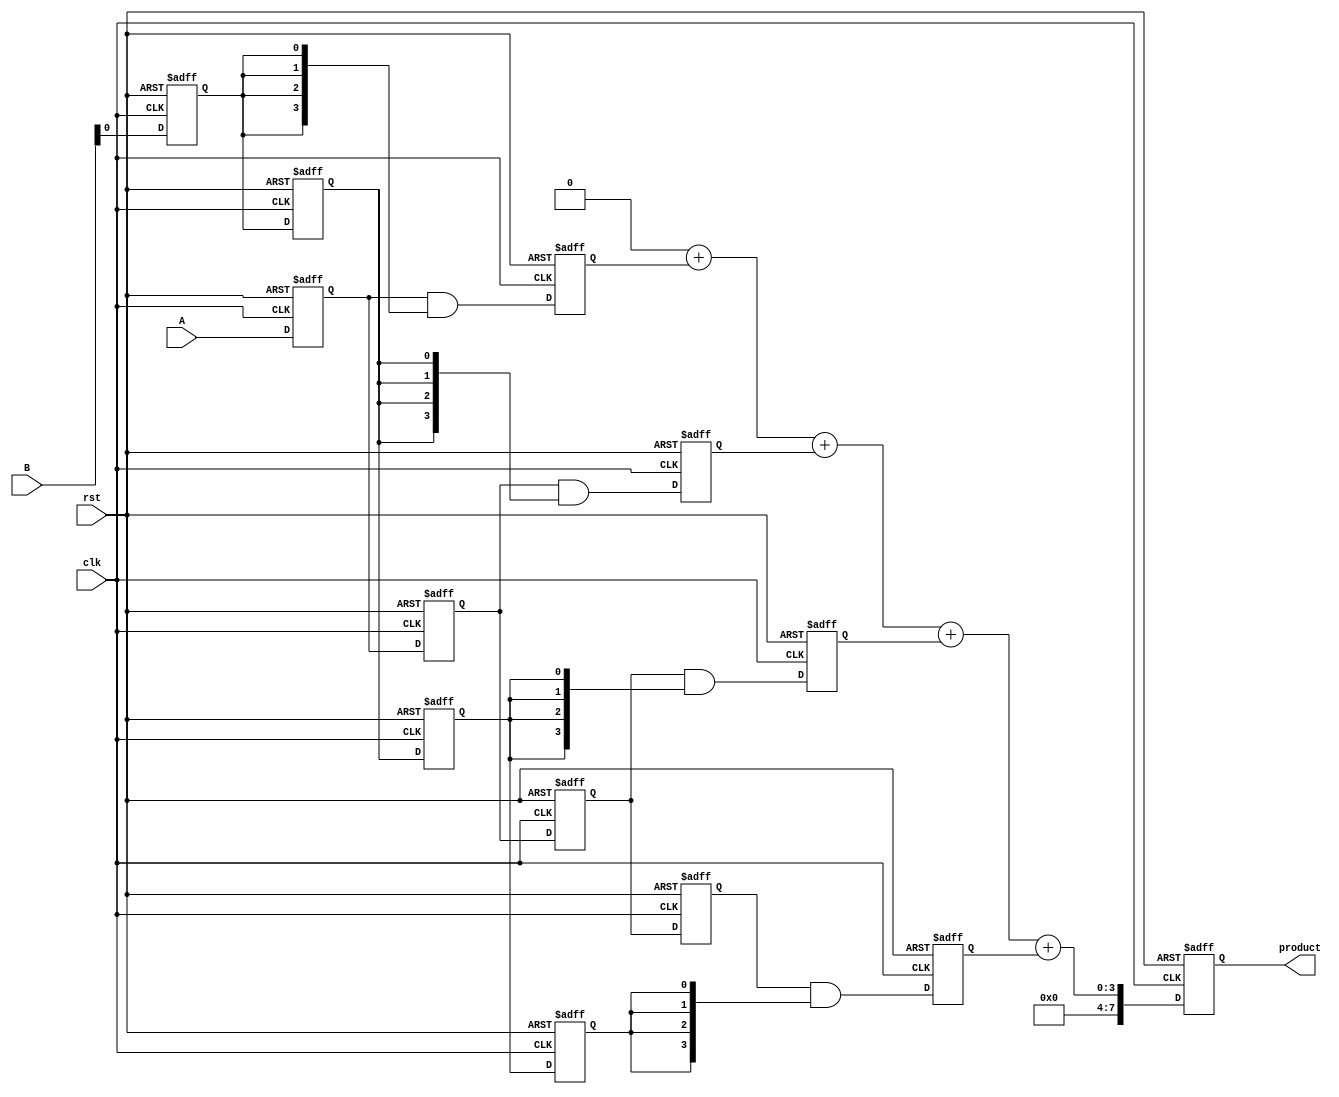
module systolic_multiplier #(
    parameter WIDTH = 4, // Bit-width of the operands
    parameter PEs = 4    // Number of processing elements
)(
    input wire clk,
    input wire rst,
    input wire [WIDTH-1:0] A,
    input wire [WIDTH-1:0] B,
    output reg [2*WIDTH-1:0] product
);

    // Processing Element (PE) definition
    reg [WIDTH-1:0] partial_products[0:PEs-1];
    reg [WIDTH-1:0] A_reg[0:PEs-1];
    reg [WIDTH-1:0] B_reg[0:PEs-1];
    reg [WIDTH-1:0] sum;
    integer i;

    // Control logic for data flow
    always @(posedge clk or posedge rst) begin
        if (rst) begin
            // Reset all registers
            product <= 0;
            for (i = 0; i < PEs; i = i + 1) begin
                partial_products[i] <= 0;
                A_reg[i] <= 0;
                B_reg[i] <= 0;
            end
        end else begin
            // Shift data into the PEs
            for (i = PEs-1; i > 0; i = i - 1) begin
                A_reg[i] <= A_reg[i-1];
                B_reg[i] <= B_reg[i-1];
                partial_products[i] <= partial_products[i-1];
            end
            
            // Load the first PE with the current bits of A and B
            A_reg[0] <= A;
            B_reg[0] <= B;

            // Compute partial products in each PE
            partial_products[0] <= A_reg[0] & {WIDTH{B_reg[0][0]}}; // First bit
            for (i = 1; i < PEs; i = i + 1) begin
                partial_products[i] <= A_reg[i] & {WIDTH{B_reg[i][0]}};
            end
            
            // Accumulate the partial products
            sum = 0;
            for (i = 0; i < PEs; i = i + 1) begin
                sum = sum + partial_products[i];
            end
            
            // Store the final product
            product <= sum;
        end
    end

endmodule